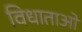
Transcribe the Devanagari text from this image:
विधाताओं